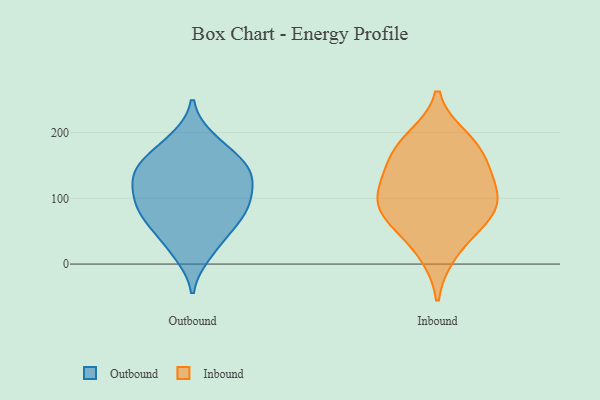
{"axis": {"x": "Operating Costs (USD K)", "y": "Value"}, "legend": ["Inbound", "Outbound"], "data": [{"x": "", "y": 137, "type": "Outbound"}, {"x": "", "y": 64, "type": "Outbound"}, {"x": "", "y": 144, "type": "Outbound"}, {"x": "", "y": 17, "type": "Outbound"}, {"x": "", "y": 179, "type": "Outbound"}, {"x": "", "y": 102, "type": "Outbound"}, {"x": "", "y": 115, "type": "Outbound"}, {"x": "", "y": 61, "type": "Outbound"}, {"x": "", "y": 80, "type": "Outbound"}, {"x": "", "y": 150, "type": "Outbound"}, {"x": "", "y": 133, "type": "Outbound"}, {"x": "", "y": 86, "type": "Outbound"}, {"x": "", "y": 148, "type": "Outbound"}, {"x": "", "y": 188, "type": "Outbound"}, {"x": "", "y": 30, "type": "Outbound"}, {"x": "", "y": 91, "type": "Outbound"}, {"x": "", "y": 70, "type": "Inbound"}, {"x": "", "y": 61, "type": "Inbound"}, {"x": "", "y": 165, "type": "Inbound"}, {"x": "", "y": 122, "type": "Inbound"}, {"x": "", "y": 16, "type": "Inbound"}, {"x": "", "y": 79, "type": "Inbound"}, {"x": "", "y": 101, "type": "Inbound"}, {"x": "", "y": 104, "type": "Inbound"}, {"x": "", "y": 142, "type": "Inbound"}, {"x": "", "y": 191, "type": "Inbound"}, {"x": "", "y": 180, "type": "Inbound"}]}